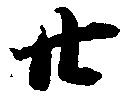
廿